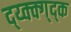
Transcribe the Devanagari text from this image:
द्य्क्क्ग्द्क